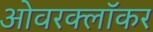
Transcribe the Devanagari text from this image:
ओवरक्लॉकर